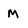
Character: M